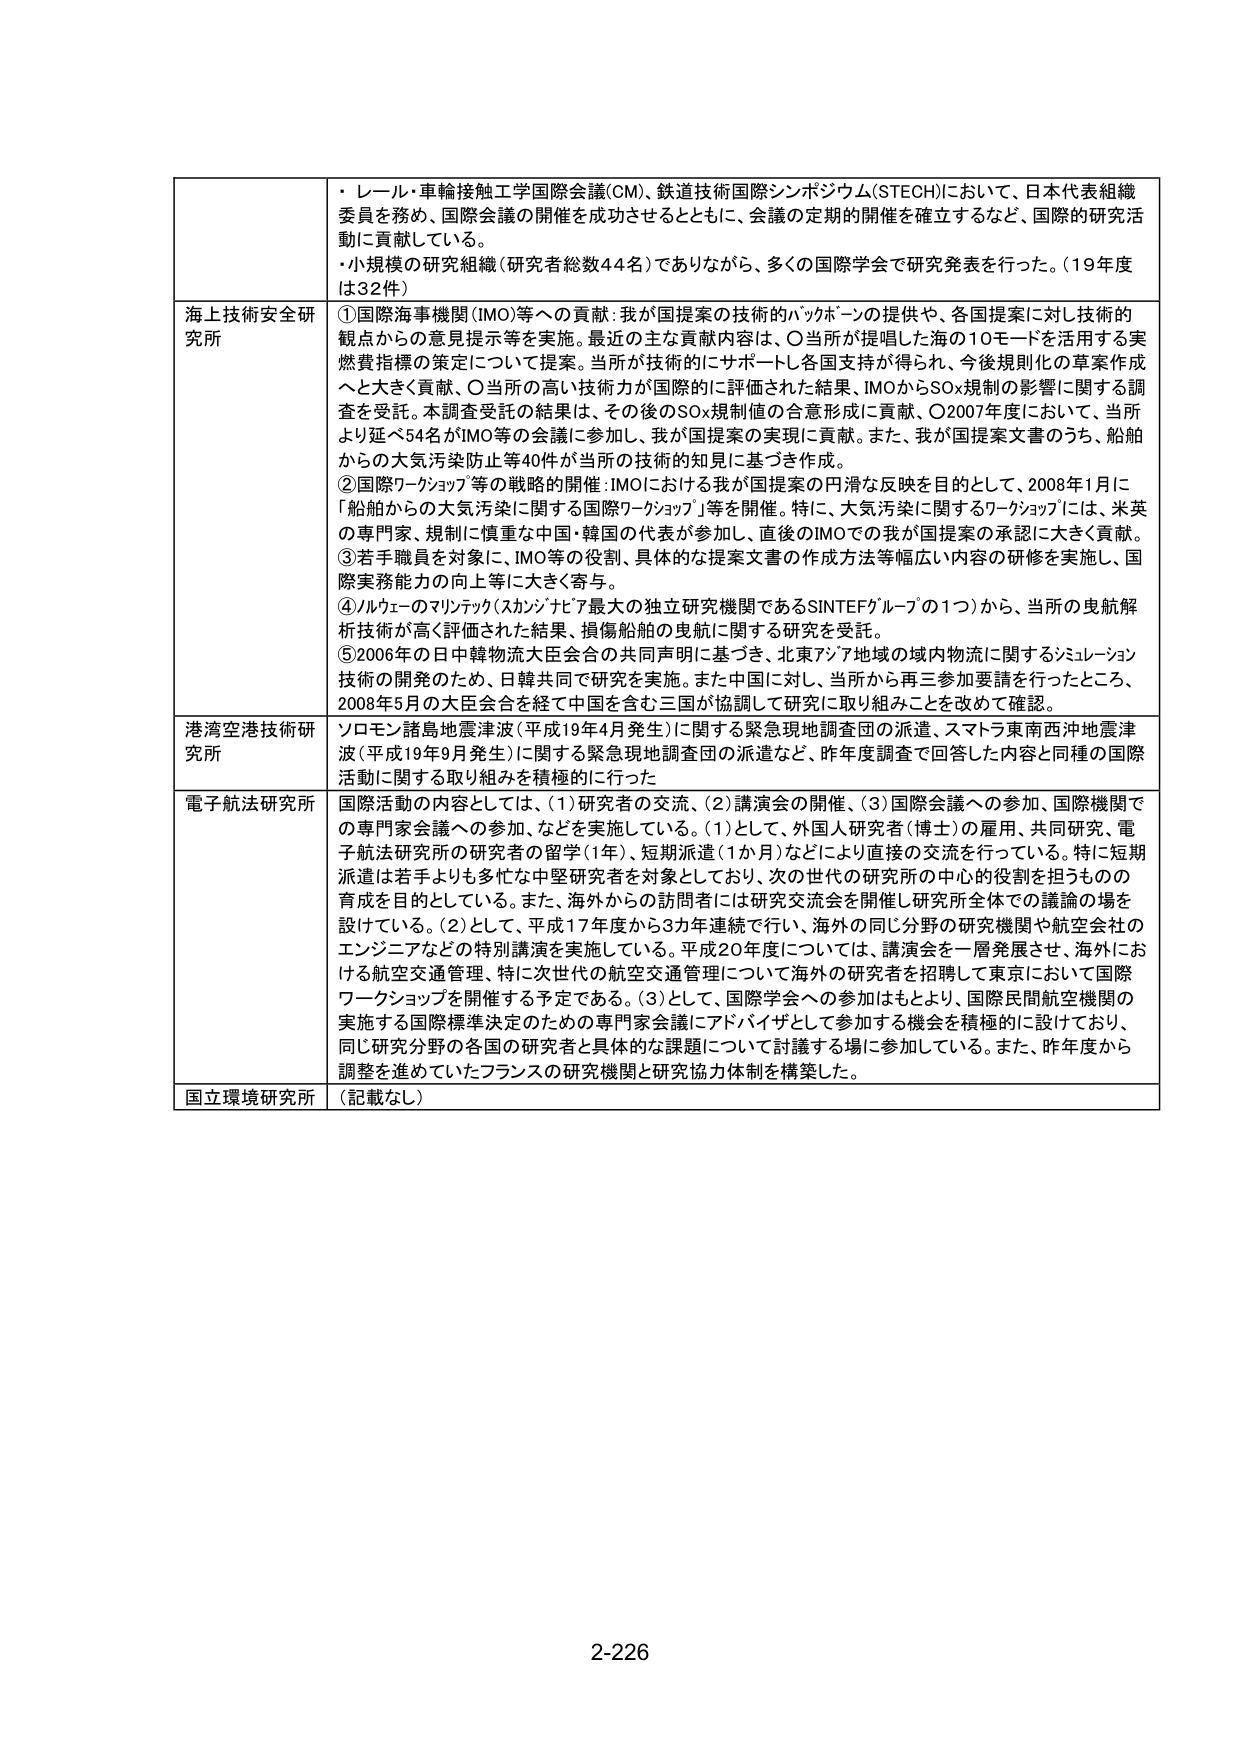
・レール・車輪接触工学国際会議(CM)、鉄道技術国際シンポジウム(STECH)において、日本代表組織委員を務め、国際会議の開催を成功させるとともに、会議の定期的開催を確立するなど、国際的研究活動に貢献している。
・小規模の研究組織（研究者総数44名）でありながら、多くの国際学会で研究発表を行った。（19年度は32件）

海上技術安全研究所
①国際海事機関(IMO)等への貢献：我が国提案の技術的バックホーンの提供や、各国提案に対し技術的観点からの意見提示等を実施。最近の主な貢献内容は、○当所が提唱した海の10モードを活用する実燃費指標の策定について提案。当所が技術的にサポートし各国支持が得られ、今後規則化の草案作成へと大きく貢献、○当所の高い技術力が国際的に評価された結果、IMOからSOx規制の影響に関する調査を受託。本調査受託の結果は、その後のSOx規制値の合意形成に貢献、○2007年度において、当所より延べ54名がIMO等の会議に参加し、我が国提案の実現に貢献。また、我が国提案文書のうち、船舶からの大気汚染防止等40件が当所の技術的知見に基づき作成。
②国際ワークショップ等の戦略的開催：IMOにおける我が国提案の円滑な反映を目的として、2008年1月に「船舶からの大気汚染に関する国際ワークショップ」等を開催。特に、大気汚染に関するワークショップには、米英の専門家、規制に慎重な中国・韓国の代表が参加し、直後のIMOで我が国提案の承認に大きく貢献。
③若手職員を対象に、IMO等の役割、具体的な提案文書の作成方法等幅広い内容の研修を実施し、国際実務能力の向上等に大きく寄与。
④ノルウェーのマリンテック（スカンジナビア最大の独立研究機関であるSINTEFグループの1つ）から、当所の曳航解析技術が高く評価された結果、損傷船舶の曳航に関する研究を受託。
⑤2006年の日中韓物流大臣会合の共同声明に基づき、北東アジア地域の域内物流に関するシミュレーション技術の開発のため、日韓共同で研究を実施。また中国に対し、当所から再三参加要請を行ったところ、2008年5月の大臣会合を経て中国を含む三国が協調して研究に取り組みことを改めて確認。

港湾空港技術研究所
ソロモン諸島地震津波（平成19年4月発生）に関する緊急現地調査団の派遣、スマトラ東南西沖地震津波（平成19年9月発生）に関する緊急現地調査団の派遣など、昨年度調査で回答した内容と同種の国際活動に関する取り組みを積極的に行った

電子航法研究所
国際活動の内容としては、（1）研究者の交流、（2）講演会の開催、（3）国際会議への参加、国際機関での専門家会議への参加、などを実施している。（1）として、外国人研究者（博士）の雇用、共同研究、電子航法研究所の研究者の留学（1年）、短期派遣（1か月）などにより直接の交流を行っている。特に短期派遣は若手よりも多忙な中堅研究者を対象としており、次の世代の研究所の中心的役割を担うものの育成を目的としている。また、海外からの訪問者には研究交流会を開催し研究所全体での議論の場を設けている。（2）として、平成17年度から3カ年連続で行い、海外の同じ分野の研究機関や航空会社のエンジニアなどの特別講演を実施している。平成20年度については、講演会を一層発展させ、海外における航空交通管理、特に次世代の航空交通管理について海外の研究者を招聘して東京において国際ワークショップを開催する予定である。（3）として、国際学会への参加はもとより、国際民間航空機関の実施する国際標準決定のための専門家会議にアドバイザとして参加する機会を積極的に設けており、同じ研究分野の各国の研究者と具体的な課題について討議する場に参加している。また、昨年度から調整を進めていたフランスの研究機関と研究協力体制を構築した。

国立環境研究所
（記載なし）

2-226